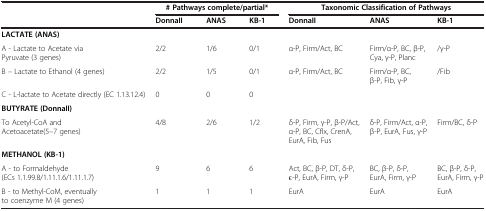
|  | <COLSPAN=3> # Pathways complete/partial* | <COLSPAN=3> Taxonomic Classification of Pathways |
 |  | DonnaII | ANAS | KB-1 | DonnaII | ANAS | KB-1 |
 | --- | --- | --- | --- | --- | --- | --- |
 | LACTATE (ANAS) |  |  |  |  |  |  |
 | A - Lactate to Acetate via Pyruvate (3 genes) | 2/2 | 1/6 | 0/1 | α-P, Firm/Act, BC | Firm/α-P, BC, β-P, Cya, γ-P, Planc | /γ-P |
 | B – Lactate to Ethanol (4 genes) | 2/2 | 1/5 | 0/1 | α-P, Firm/Act, BC | Firm/α-P, BC, β-P, Fib, γ-P | /Fib |
 | C - L-lactate to Acetate directly (EC 1.13.12.4) | 0 | 0 | 0 |  |  |  |
 | BUTYRATE (DonnaII) |  |  |  |  |  |  |
 | To Acetyl-CoA and Acetoacetate(5–7 genes) | 4/8 | 2/6 | 1/2 | δ-P, Firm, γ-P, β-P/Act, α-P, BC, Cflx, CrenA, EurA, Fib, Fus | δ-P, Firm/Act, α-P, β-P, EurA, Fus, γ-P | Firm/BC, δ-P |
 | METHANOL (KB-1) |  |  |  |  |  |  |
 | A - to Formaldehyde (ECs 1.1.99.8/1.11.1.6/1.11.1.7) | 9 | 6 | 6 | Act, BC, β-P, DT, δ-P, ε-P, EurA, Firm, γ-P | BC, β-P, δ-P, EurA, Firm, γ-P | BC, β-P, δ-P, EurA, Firm, γ-P |
 | B - to Methyl-CoM, eventually to coenzyme M (4 genes) | 1 | 1 | 1 | EurA | EurA | EurA |